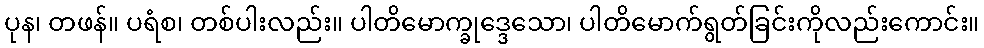
ပုန၊ တဖန်။ ပရံစ၊ တစ်ပါးလည်း။ ပါတိမောက္ခုဒ္ဒေသော၊ ပါတိမောက်ရွတ်ခြင်းကိုလည်းကောင်း။